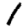
Digit: 1